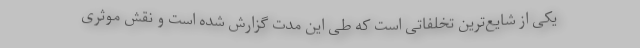
یکی از شایع‌ترین تخلفاتی است که طی این مدت گزارش شده است و نقش موثری